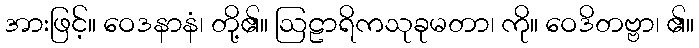
အားဖြင့်။ ဝေဒနာနံ၊ တို့၏။ ဩဠာရိကသုခုမတာ၊ ကို။ ဝေဒိတဗ္ဗာ၊ ၏။